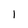
Character: 1